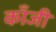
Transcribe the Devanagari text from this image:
काँजी